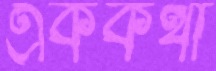
এককথা